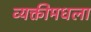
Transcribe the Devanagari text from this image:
व्यक्तीमधला